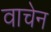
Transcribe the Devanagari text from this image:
वाचेन